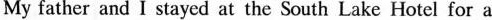
My father and I stayed at the South Lake Hotel for a